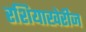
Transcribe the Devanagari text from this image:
रशियाखेरीज